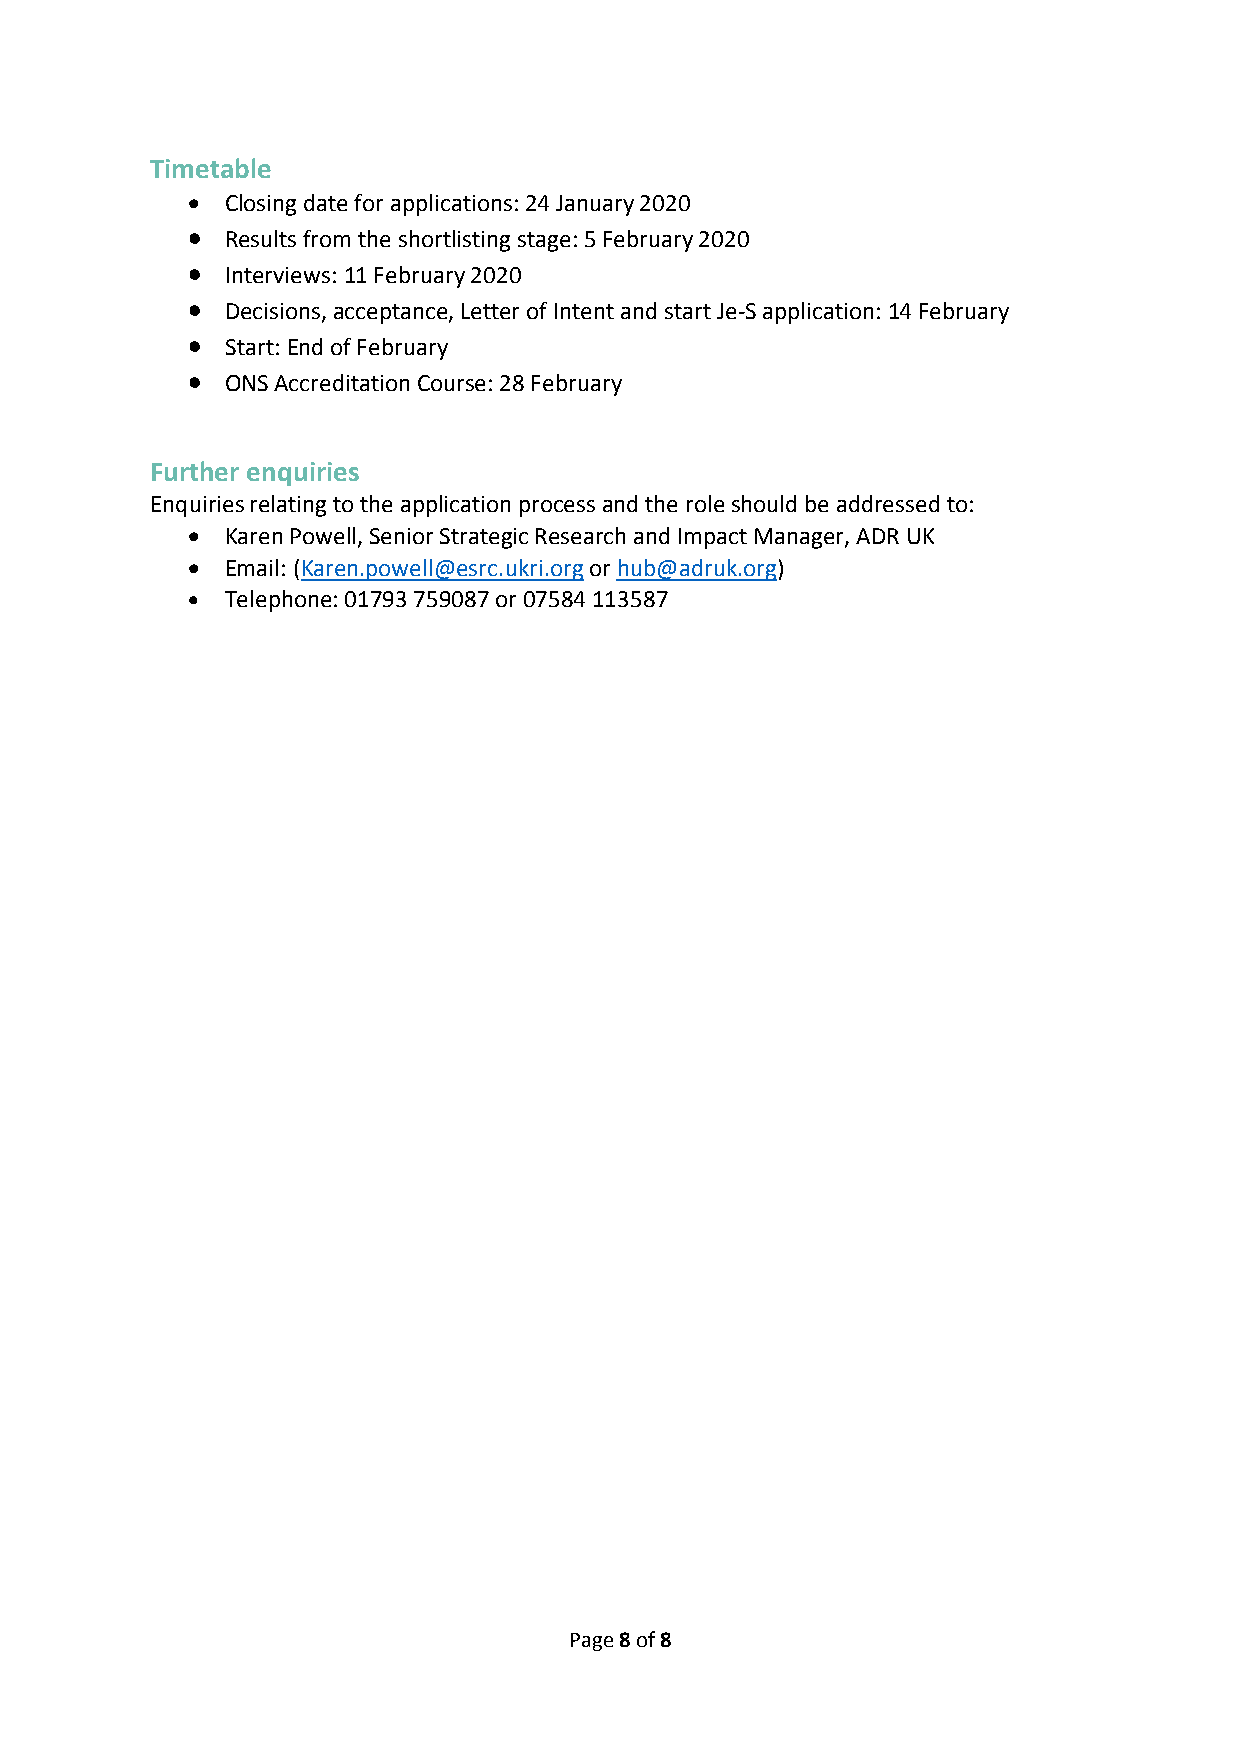
Timetable
 •  Closing date for applications: 24 January 2020
 •  Results from the shortlisting stage: 5 February 2020
 •  Interviews: 11 February 2020
 •  Decisions, acceptance, Letter of Intent and start Je-S application: 14 February
 •  Start: End of February
 •  ONS Accreditation Course: 28 February
 Further enquiries
 Enquiries relating to the application process and the role should be addressed to:
 •  Karen Powell, Senior Strategic Research and Impact Manager, ADR UK
 •  Email: (Karen.powell@esrc.ukri.org or hub@adruk.org)
 •  Telephone: 01793 759087 or 07584 113587
 Page 8 of 8